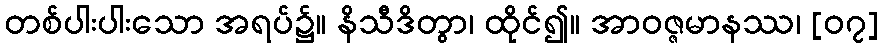
တစ်ပါးပါးသော အရပ်၌။ နိသီဒိတွာ၊ ထိုင်၍။ အာဝဇ္ဇမာနဿ၊ [၀၇]